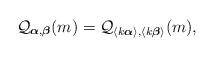
LaTeX: \begin{align*}\mathcal{Q}_{\boldsymbol{\alpha},\boldsymbol{\beta}}(m)=\mathcal{Q}_{\langle k\boldsymbol{\alpha}\rangle,\langle k\boldsymbol{\beta}\rangle}(m),\end{align*}